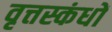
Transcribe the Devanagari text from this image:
वृत्तस्कंधों